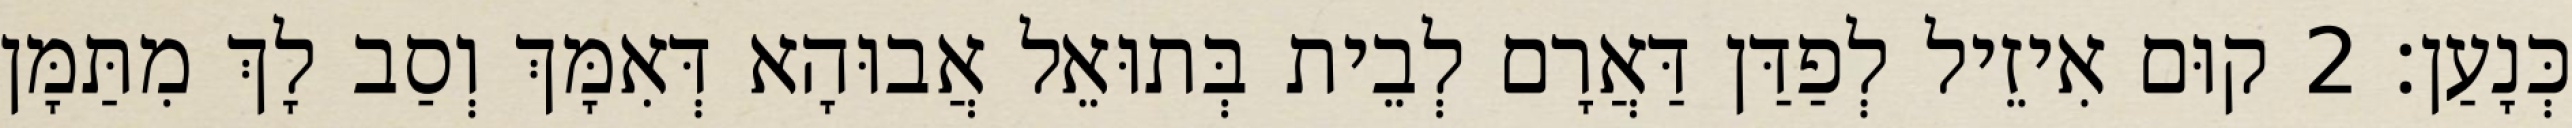
כְּנָעַן׃ 2 קוּם אִיזֵיל לְפַדַּן דַּאֲרָם לְבֵית בְּתוּאֵל אֲבוּהָא דְּאִמָּךְ וְסַב לָךְ מִתַּמָּן